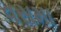
વસમા